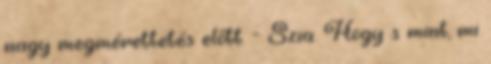
nagy megmérettetés előtt. - Szia. Hogy s mint, mi